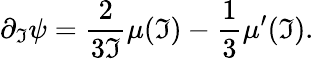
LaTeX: \partial_{\mathfrak{I}}\psi=\frac{{2}}{{3\mathfrak{I}}}\mu(\mathfrak{I})-\frac{{1}}{{3}}\mu^{\prime}(\mathfrak{I}).